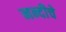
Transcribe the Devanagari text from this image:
नन्दीचे